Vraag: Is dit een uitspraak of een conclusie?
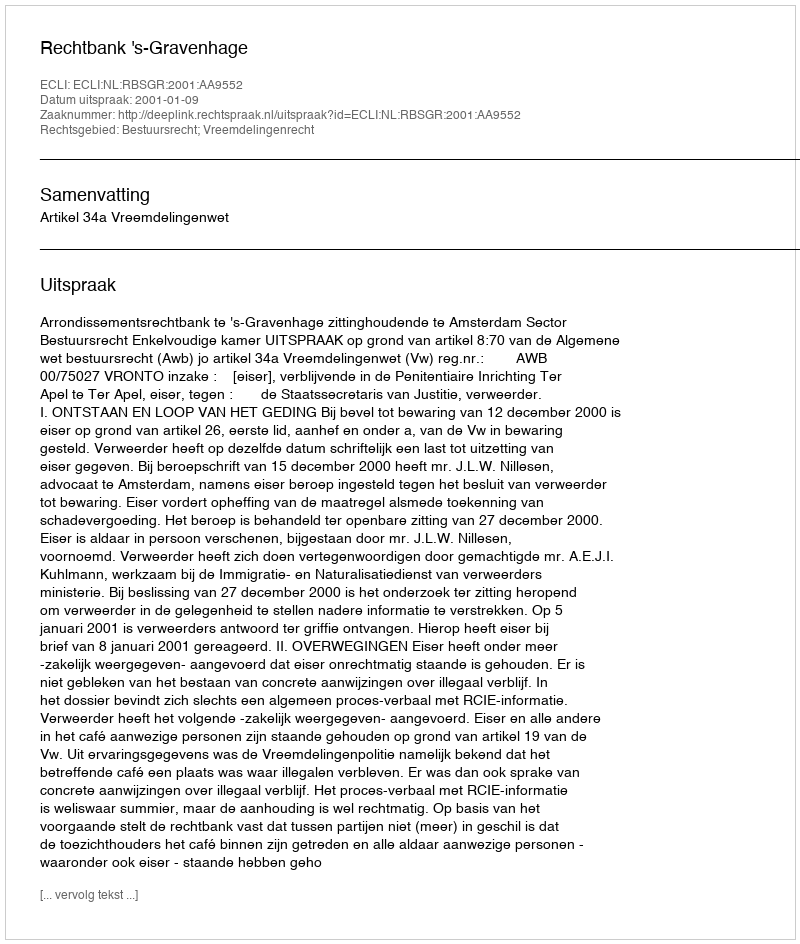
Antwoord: Uitspraak